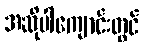
အဆိုပါကျောင်းတွင်